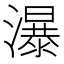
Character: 瀑